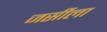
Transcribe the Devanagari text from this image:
जर्सीला